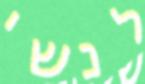
לנשי